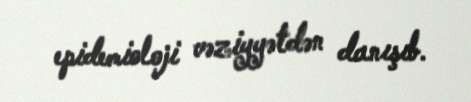
epidemioloji vəziyyətdən danışıb.